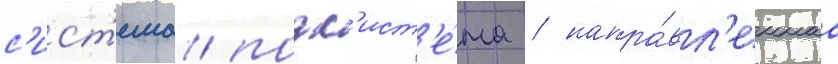
с'ист'ема/ подс'ист'е́ма / напра́вл'еннаа